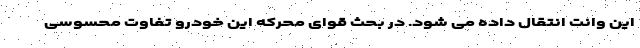
این وانت انتقال داده می شود. در بحث قوای محرکه این خودرو تفاوت محسوسی